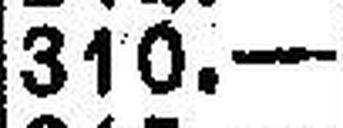
310.—